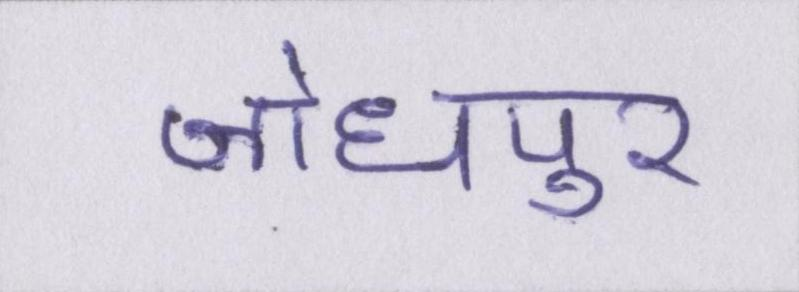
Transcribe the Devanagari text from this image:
जोधपुर